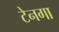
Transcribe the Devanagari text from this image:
टेनगा